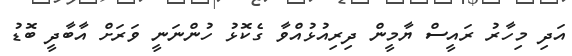
އަދި މިހާރު ރައީސް ޔާމީން ދިރިއުޅުއްވާ ގެކޮޅު ހުންނަނީ ވަރަށް އާބާދީ ބޮޑު